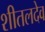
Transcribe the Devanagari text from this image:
शीतलदेव